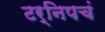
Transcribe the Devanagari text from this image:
टर्निपचं